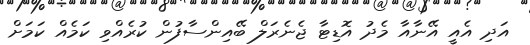
އަދި އެއީ އޭނާއާ މެދު އޮޑިޓާ ޖެނެރަލް ބޭއިންސާފުން ކުރެއްވި ކަމެއް ކަމަށް